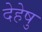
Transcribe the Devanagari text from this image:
देहेषु